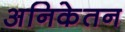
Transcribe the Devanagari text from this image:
अनिकेतन